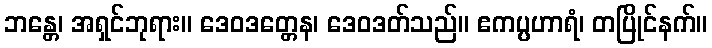
ဘန္တေ၊ အရှင်ဘုရား။ ဒေဝဒတ္တေန၊ ဒေဝဒတ်သည်။ ဧကပ္ပဟာရံ၊ တပြိုင်နက်။